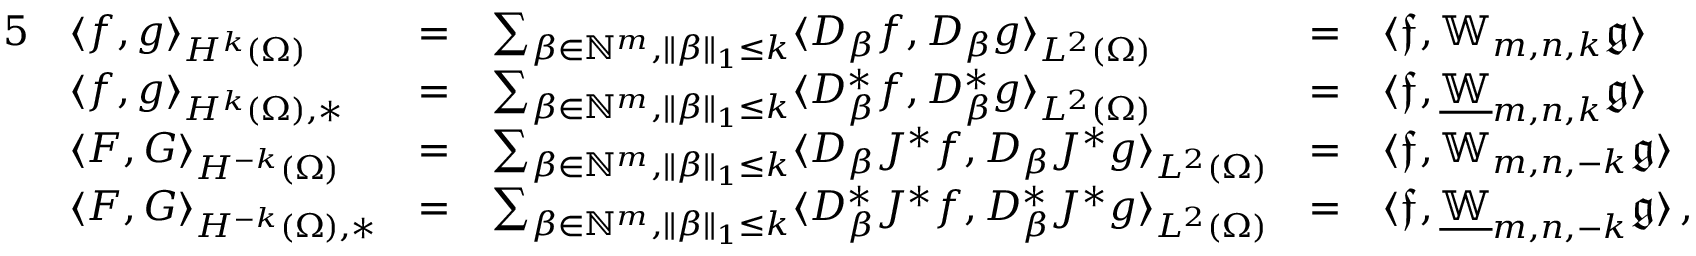
\begin{array} { r l r l r l r } { { 5 } } & { \langle f , g \rangle _ { { H ^ { k } ( \Omega ) } } } & { = } & { \sum _ { \beta \in \mathbb { N } ^ { m } , \| \beta \| _ { 1 } \leq k } \langle D _ { \beta } f , D _ { \beta } g \rangle _ { L ^ { 2 } ( \Omega ) } } & { = } & { \langle \mathfrak { f } , \mathbb { W } _ { m , n , k } \mathfrak { g } \rangle } & \\ & { \langle f , g \rangle _ { { H ^ { k } ( \Omega ) } , * } } & { = } & { \sum _ { \beta \in \mathbb { N } ^ { m } , \| \beta \| _ { 1 } \leq k } \langle D _ { \beta } ^ { * } f , D _ { \beta } ^ { * } g \rangle _ { L ^ { 2 } ( \Omega ) } } & { = } & { \langle \mathfrak { f } , \underline { { \mathbb { W } } } _ { m , n , k } \mathfrak { g } \rangle } & \\ & { \langle F , G \rangle _ { { H ^ { - k } ( \Omega ) } } } & { = } & { \sum _ { \beta \in \mathbb { N } ^ { m } , \| \beta \| _ { 1 } \leq k } \langle D _ { \beta } J ^ { * } f , D _ { \beta } J ^ { * } g \rangle _ { L ^ { 2 } ( \Omega ) } } & { = } & { \langle \mathfrak { f } , \mathbb { W } _ { m , n , - k } \mathfrak { g } \rangle } & \\ & { \langle F , G \rangle _ { { H ^ { - k } ( \Omega ) } , * } } & { = } & { \sum _ { \beta \in \mathbb { N } ^ { m } , \| \beta \| _ { 1 } \leq k } \langle D _ { \beta } ^ { * } J ^ { * } f , D _ { \beta } ^ { * } J ^ { * } g \rangle _ { L ^ { 2 } ( \Omega ) } } & { = } & { \langle \mathfrak { f } , \underline { { \mathbb { W } } } _ { m , n , - k } \mathfrak { g } \rangle \, , } & \end{array}